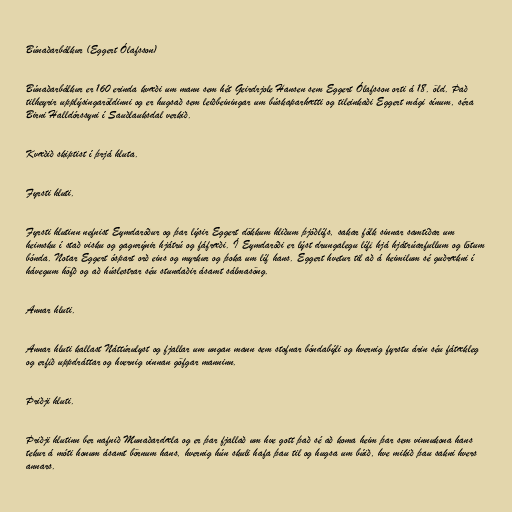
Búnaðarbálkur (Eggert Ólafsson)

Búnaðarbálkur er 160 erinda kvæði um mann sem hét Geirdrjole Hansen sem Eggert Ólafsson orti á 18. öld. Það
tilheyrir upplýsingaröldinni og er hugsað sem leiðbeiningar um búskaparhætti og tileinkaði Eggert mági sínum, séra
Birni Halldórssyni í Sauðlauksdal verkið.

Kvæðið skiptist í þrjá hluta.

Fyrsti hluti.

Fyrsti hlutinn nefnist Eymdaróður og þar lýsir Eggert dökkum hliðum þjóðlífs, sakar fólk sinnar samtíðar um
heimsku í stað visku og gagnrýnir hjátrú og fáfræði. Í Eymdaróði er lýst drungalegu lífi hjá hjátrúarfullum og lötum
bónda. Notar Eggert óspart orð eins og myrkur og þoka um líf hans. Eggert hvetur til að á heimilum sé guðrækni í
hávegum höfð og að húslestrar séu stundaðir ásamt sálmasöng.

Annar hluti.

Annar hluti kallast Náttúrulyst og fjallar um ungan mann sem stofnar bóndabýli og hvernig fyrstu árin séu fátækleg
og erfið uppdráttar og hvernig vinnan göfgar manninn.

Þriðji hluti.

Þriðji hlutinn ber nafnið Munaðardæla og er þar fjallað um hve gott það sé að koma heim þar sem vinnukona hans
tekur á móti honum ásamt börnum hans, hvernig hún skuli hafa þau til og hugsa um búið, hve mikið þau sakni hvers
annars.